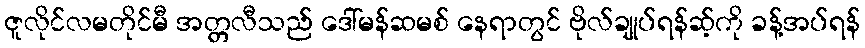
ဇူလိုင်လမတိုင်မီ အတ္တလီသည် ဒေါ်မန်ဆမစ် နေရာတွင် ဗိုလ်ချုပ်ရန်ဆ့်ကို ခန့်အပ်ရန်